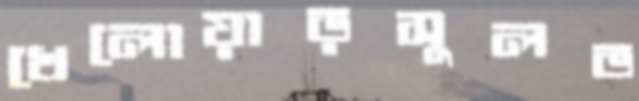
খেলোয়াড়সুলভ